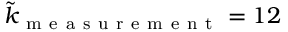
\tilde { k } _ { \mathrm { ~ m ~ e ~ a ~ s ~ u ~ r ~ e ~ m ~ e ~ n ~ t ~ } } = 1 2